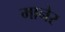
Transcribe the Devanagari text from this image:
मानेर